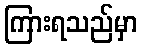
ကြားရသည်မှာ